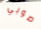
صوبي